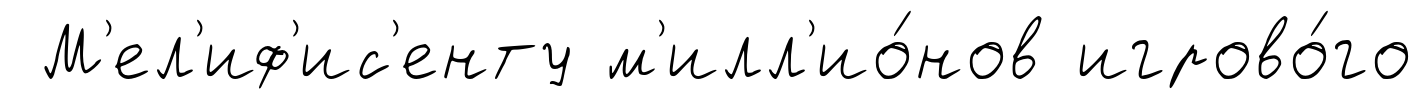
М'ел'иф'ис'енту м'илл'ио́нов игрово́го